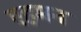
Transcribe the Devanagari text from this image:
एहमन